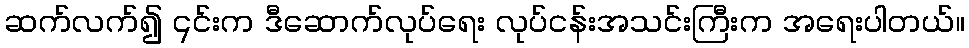
ဆက်လက်၍ ၎င်းက ဒီဆောက်လုပ်ရေး လုပ်ငန်းအသင်းကြီးက အရေးပါတယ်။